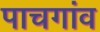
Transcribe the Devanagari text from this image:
पाचगांव